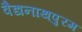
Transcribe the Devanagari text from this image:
वैद्यनाथपुरम